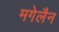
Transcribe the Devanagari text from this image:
मगेलैन